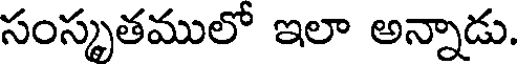
సంస్కృతములో ఇలా అన్నాడు.